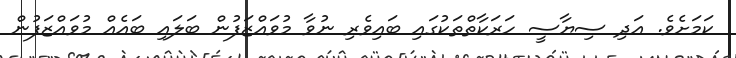
ކަމަށެވެ. އަދި ސިޔާސީ ހަރަކާތްތަކުގައި ބައިވެރި ނުވާ މުވައްޒަފުން ބަލައި ބައެއް މުވައްޒަފުން